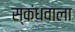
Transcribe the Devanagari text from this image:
स्कंधवाला